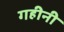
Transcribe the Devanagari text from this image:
गहीनी